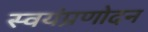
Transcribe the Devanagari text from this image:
स्वयंप्रणोदन